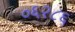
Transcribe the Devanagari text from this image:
०६२८६